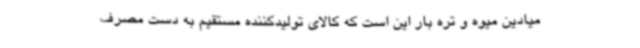
میادین میوه و تره بار این است که کالای تولیدکننده مستقیم به دست مصرف